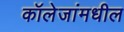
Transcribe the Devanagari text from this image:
कॉलेजांमधील